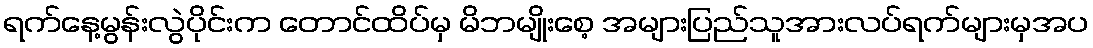
ရက်နေ့မွန်းလွဲပိုင်းက တောင်ထိပ်မှ မိဘမျိုးစေ့ အများပြည်သူအားလပ်ရက်များမှအပ